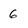
Character: 6